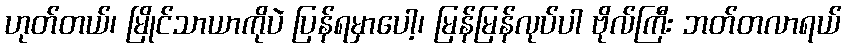
ဟုတ်တယ်၊ မြိုင်သာယာကိုပဲ ပြန်ရမှာပေါ့၊ မြန်မြန်လုပ်ပါ ဗိုလ်ကြီး ဘတ်တလာရယ်